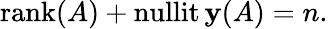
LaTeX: \operatorname{rank}(A)+\operatorname{nullit\mathbf{y}}(A)=n.